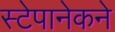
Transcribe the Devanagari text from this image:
स्टेपानेकने